Civil Veterinary Dept. North-West Frontier Province 1933-46 - 1933-1946
Year: 1933
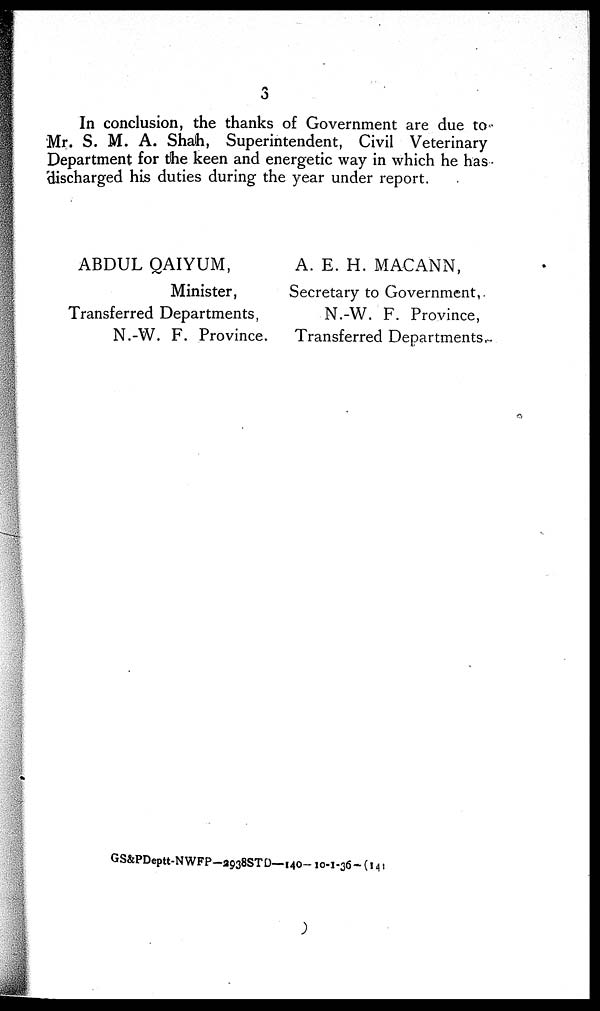
3
In conclusion, the thanks of Government are due to
Mr. S. M. A. Shah, Superintendent, Civil Veterinary
Department for the keen and energetic way in which he has
discharged his duties during the year under report.
ABDUL QAIYUM,
Minister,
Transferred Departments,
N.-W. F. Province.
A. E. H. MACANN,
Secretary to Government,
N.-W. F. Province,
Transferred Departments~
GS&PDeptt-NWFP-2938STD-140-10-1-36-(141